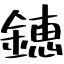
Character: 鏸